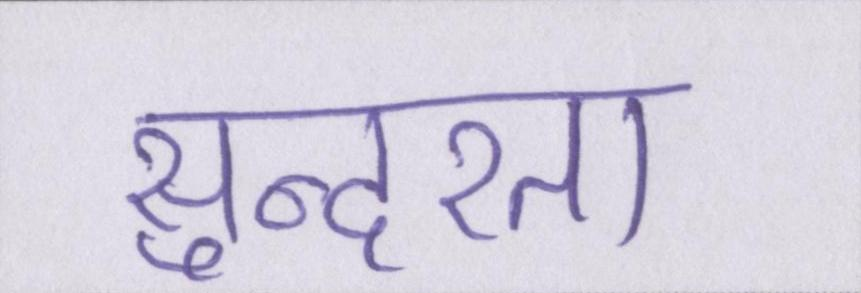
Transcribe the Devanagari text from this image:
सुन्दरता